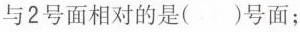
与2号面相对的是()号面；